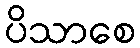
ပိသာစေ